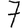
Digit: 7